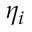
\eta _ { i }